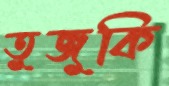
তুজুকি